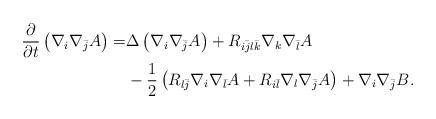
LaTeX: \begin{align*}\frac{\partial}{\partial t}\left(\nabla_i\nabla_{\bar{j}}A\right)=&\Delta\left(\nabla_i\nabla_{\bar{j}}A\right)+R_{i\bar{j}l\bar{k}}\nabla_k\nabla_{\bar{l}}A\\&-\frac{1}{2}\left(R_{l\bar{j}}\nabla_i\nabla_{\bar{l}}A+R_{i\bar{l}}\nabla_l\nabla_{\bar{j}}A\right)+\nabla_i\nabla_{\bar{j}}B.\end{align*}